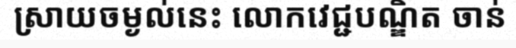
ស្រាយចម្ងល់នេះ លោកវេជ្ជបណ្ឌិត ចាន់